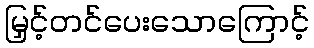
မြှင့်တင်ပေးသောကြောင့်